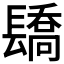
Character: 𨲭